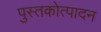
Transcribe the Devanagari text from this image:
पुस्तकोत्पादन